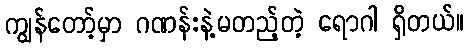
ကျွန်တော့်မှာ ဂဏန်းနဲ့မတည့်တဲ့ ရောဂါ ရှိတယ်။